Leaving Certificate Examination (including Day School Certificate (Higher) General paper), 1934
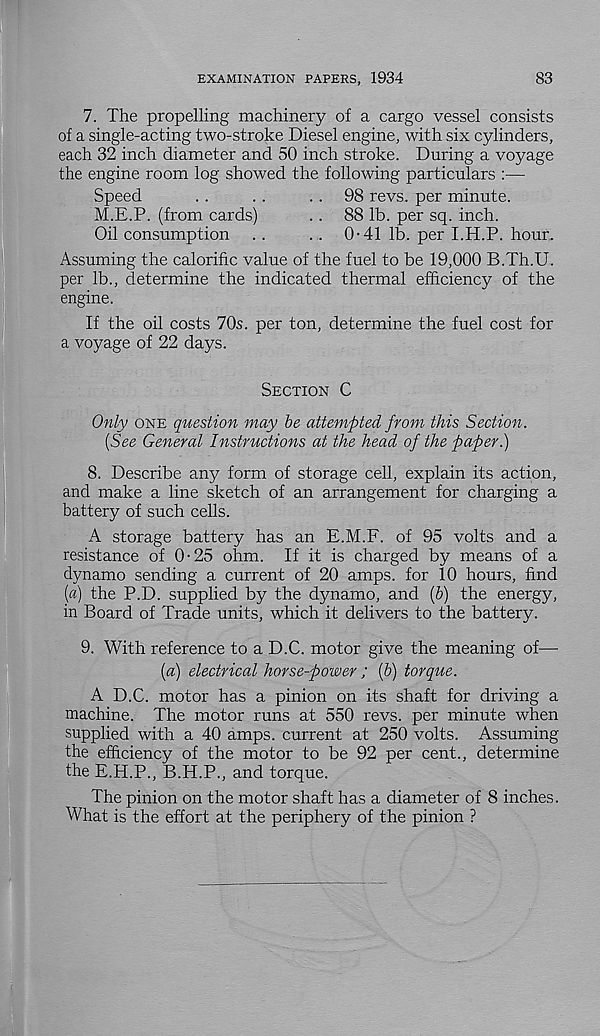
EXAMINATION PAPERS, 1934
83
7. The propelling machinery of a cargo vessel consists
of a single-acting two-stroke Diesel engine, with six cylinders,
each 32 inch diameter and 50 inch stroke. During a voyage
the engine room log showed the following particulars :—
Speed
. .
. .
.. 98 revs, per minute.
M.E.P. (from cards)
.. 88 lb. per sq. inch.
Oil consumption . .
. . 0-41 lb. per I.H.P. hour.
Assuming the calorific value of the fuel to be 19,000 B.Th.U.
per lb., determine the indicated thermal efficiency of the
engine.
If the oil costs 70s. per ton, determine the fuel cost for
a voyage of 22 days.
Section C
Only one question may be attempted from this Section.
{See General Instructions at the head of the paper.)
8. Describe any form of storage cell, explain its action,
and make a line sketch of an arrangement for charging a
battery of such cells.
A storage battery has an E.M.F. of 95 volts and a
resistance of 0-25 ohm. If it is charged by means of a
dynamo sending a current of 20 amps, for 10 hours, find
[a) the P.D. supplied by the dynamo, and (&) the energy,
in Board of Trade units, which it delivers to the battery.
9. With reference to a D.C. motor give the meaning of—•
{a) electrical horse-power ; {b) torque.
A D.C. motor has a pinion on its shaft for driving a
machine. The motor runs at 550 revs, per minute when
supplied with a 40 amps, current at 250 volts. Assuming
the efficiency of the motor to be 92 per cent., determine
the E.H.P., B.H.P., and torque.
The pinion on the motor shaft has a diameter of 8 inches.
What is the effort at the periphery of the pinion ?